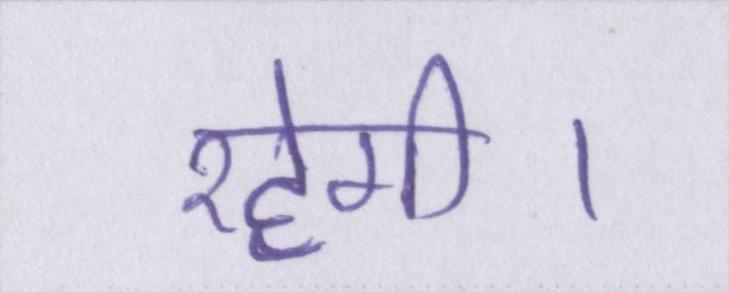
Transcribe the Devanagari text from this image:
रहेगी।